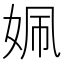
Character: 姵